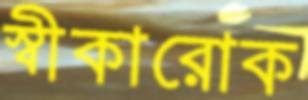
স্বীকারোক